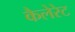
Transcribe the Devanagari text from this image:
कैलेरेट